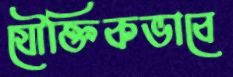
যৌক্তিকভাবে